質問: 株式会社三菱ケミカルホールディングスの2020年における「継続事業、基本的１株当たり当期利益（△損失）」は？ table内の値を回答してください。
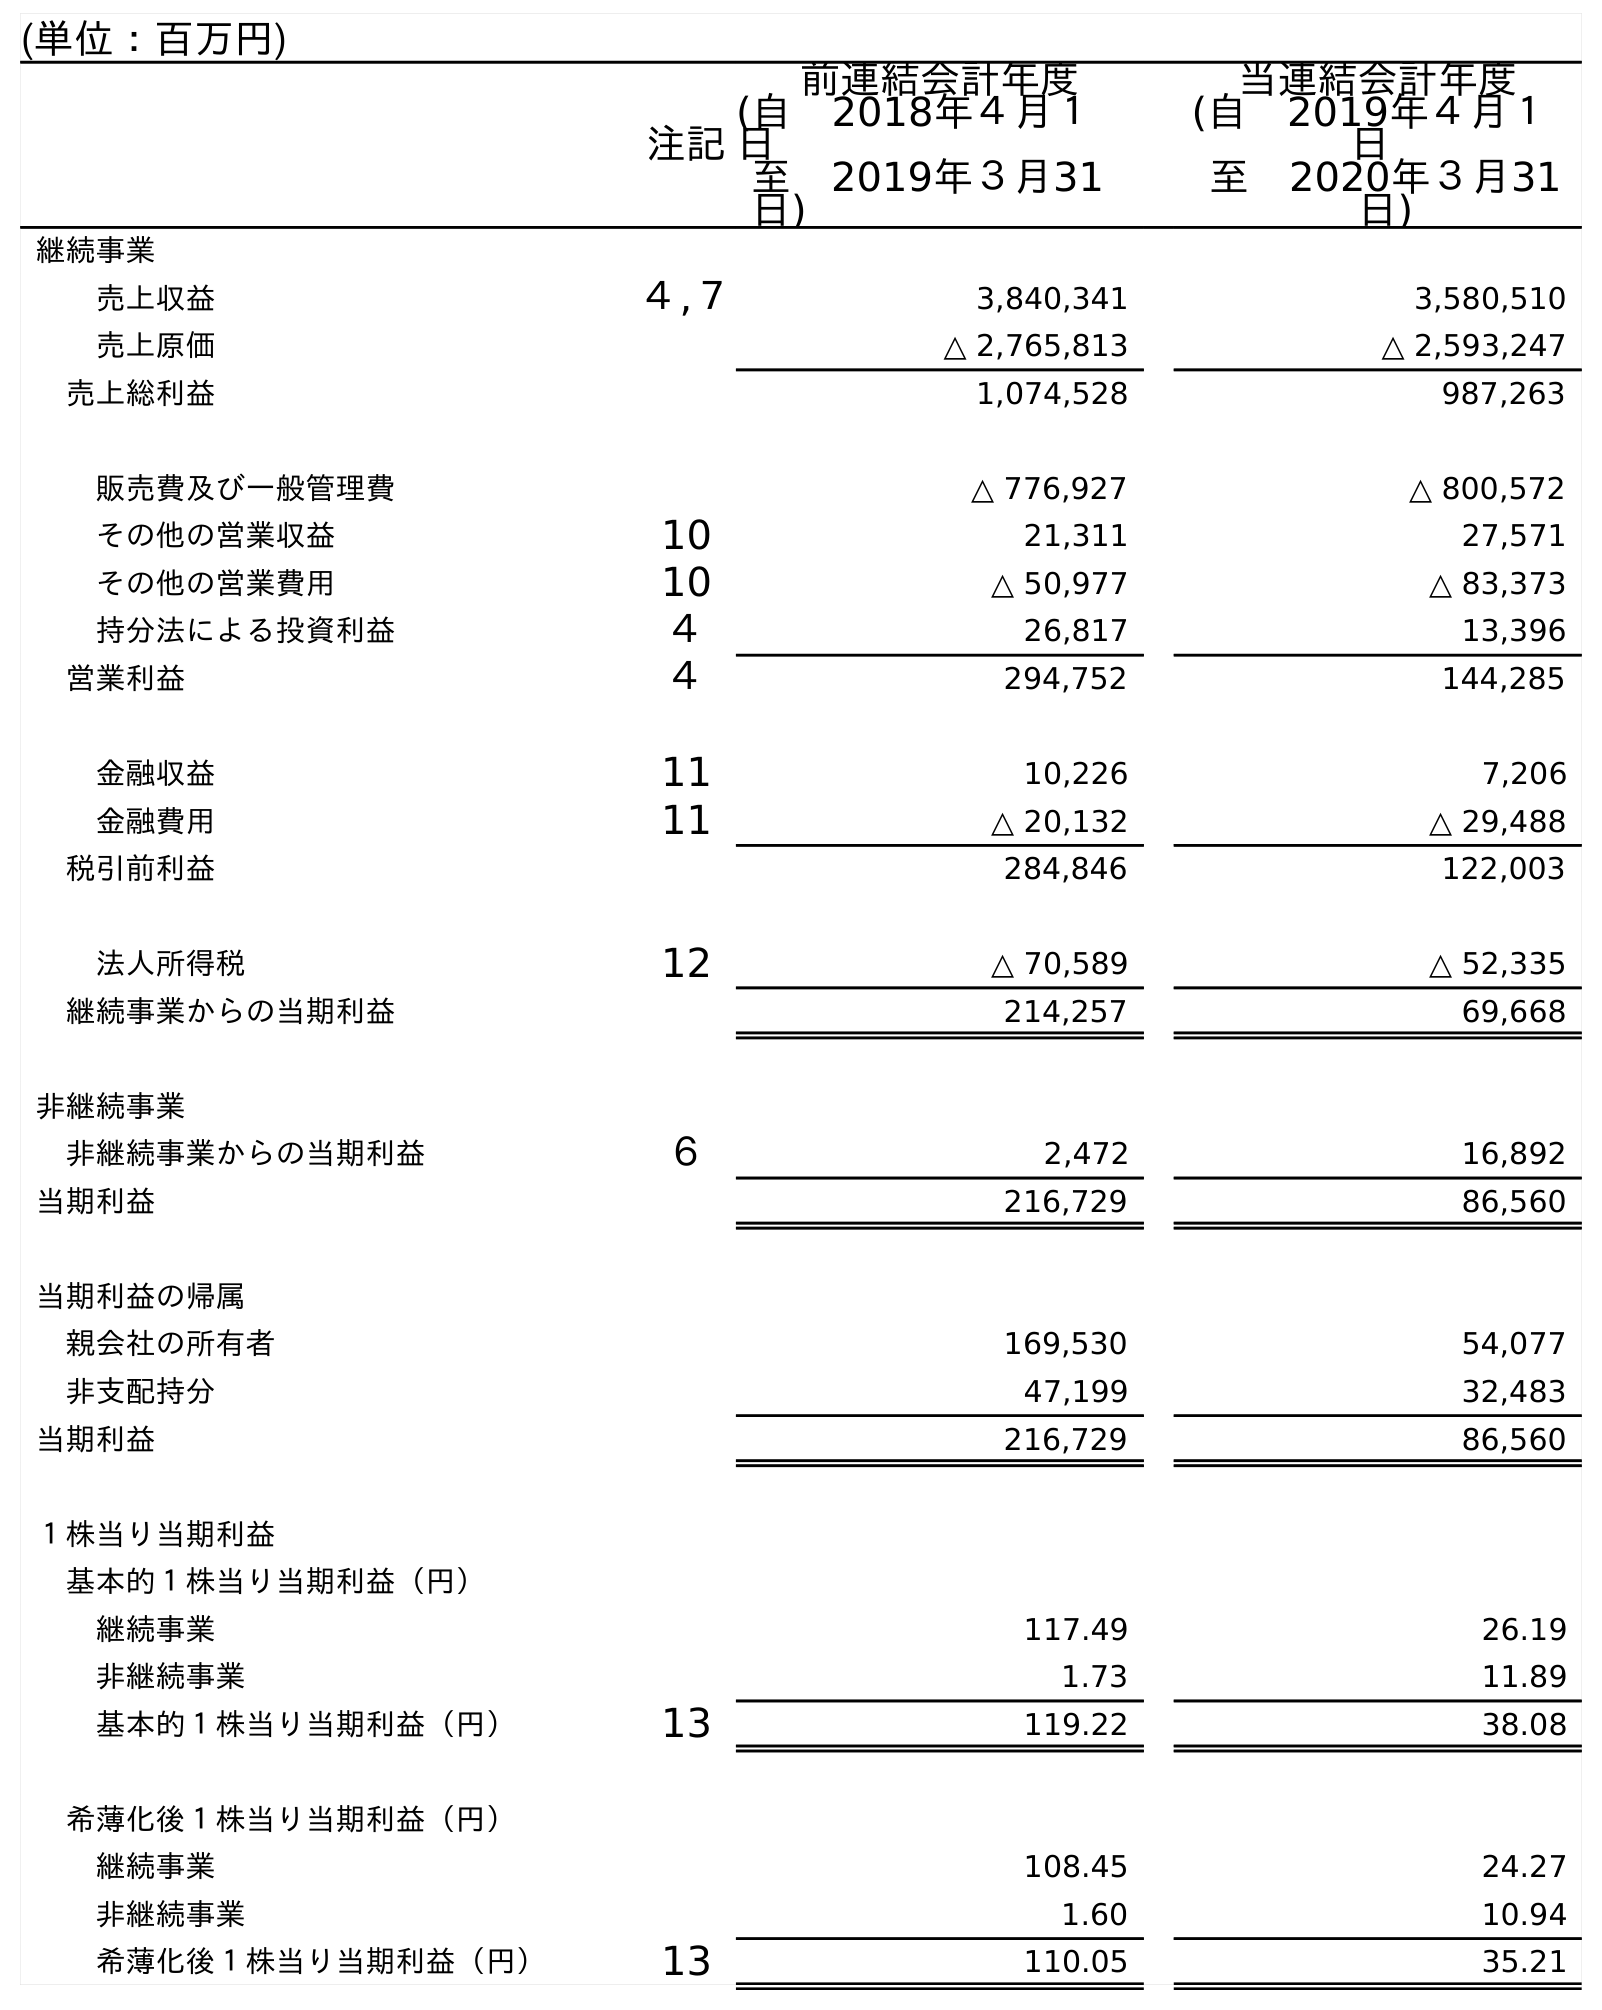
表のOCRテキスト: (単位：百万円) 注記 前連結会計年度 (自 2018年４月１ 日 至 2019年３月31 日) 当連結会計年度 (自 2019年４月１ 日 至 2020年３月31 日) 継続事業 売上収益 ４,７ 3,840,341 3,580,510 売上原価 △ 2,765,813 △ 2,593,247 売上総利益 1,074,528 987,263 販売費及び一般管理費 △ 776,927 △ 800,572 その他の営業収益 10 21,311 27,571 その他の営業費用 10 △ 50,977 △ 83,373 持分法による投資利益 ４ 26,817 13,396 営業利益 ４ 294,752 144,285 金融収益 11 10,226 7,206 金融費用 11 △ 20,132 △ 29,488 税引前利益 284,846 122,003 法人所得税 12 △ 70,589 △ 52,335 継続事業からの当期利益 214,257 69,668 非継続事業 非継続事業からの当期利益 ６ 2,472 16,892 当期利益 216,729 86,560 当期利益の帰属 親会社の所有者 169,530 54,077 非支配持分 47,199 32,483 当期利益 216,729 86,560 １株当り当期利益 基本的１株当り当期利益（円） 継続事業 117.49 26.19 非継続事業 1.73 11.89 基本的１株当り当期利益（円） 13 119.22 38.08 希薄化後１株当り当期利益（円） 継続事業 108.45 24.27 非継続事業 1.60 10.94 希薄化後１株当り当期利益（円） 13 110.05 35.21
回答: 26.19